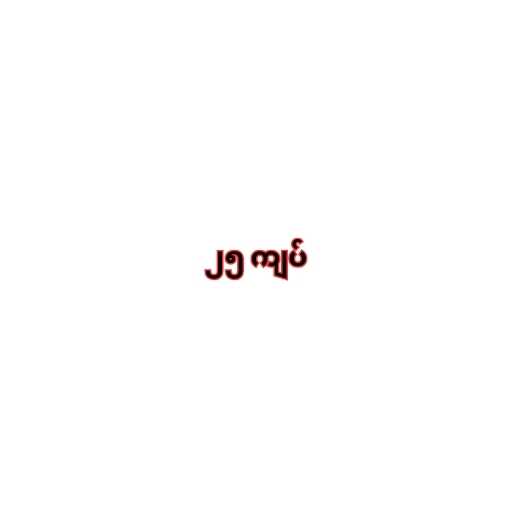
၂၅ ကျပ်